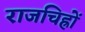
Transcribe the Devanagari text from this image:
राजचिह्रों